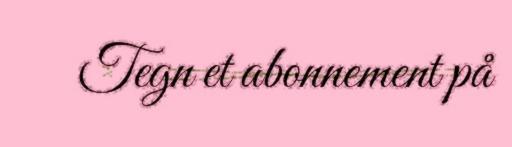
Tegn et abonnement på